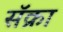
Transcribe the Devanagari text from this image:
सॅक्रा